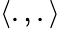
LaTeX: \langle.,.\rangle